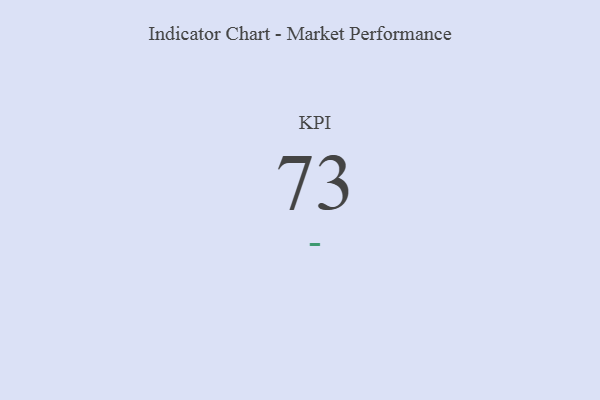
{"axis": {"x": "KPI", "y": "Value"}, "legend": [""], "data": [{"x": "KPI", "y": 73, "type": ""}]}